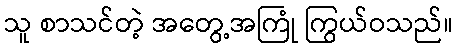
သူ စာသင်တဲ့ အတွေ့အကြုံ ကြွယ်ဝသည်။